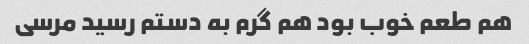
هم طعم خوب بود هم گرم به دستم رسید مرسی